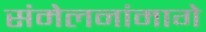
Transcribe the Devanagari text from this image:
संमेलनांमागे